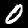
Label: 0